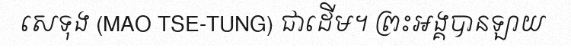
សេទុង (MAO TSE-TUNG) ជាដើម។ ព្រះអង្គបានឡាយ